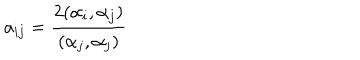
LaTeX: a _ { i j } = \frac { 2 ( \alpha _ { i } , \alpha _ { j } ) } { ( \alpha _ { j } , \alpha _ { j } ) }